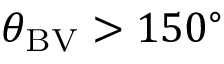
\theta _ { \mathrm { B V } } > 1 5 0 ^ { \circ }